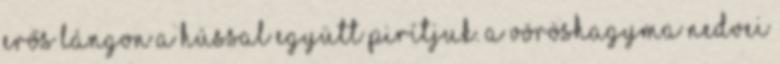
erős lángon a hússal együtt pirítjuk. A vöröshagyma nedvei